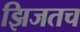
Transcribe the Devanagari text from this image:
झिजतच